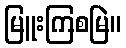
မြူးကြစမြဲ။